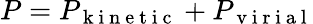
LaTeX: P=P_{\mathrm{~k~i~n~e~t~i~c~}}+P_{\mathrm{~v~i~r~i~a~l~}}